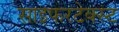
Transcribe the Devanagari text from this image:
साइफरटेक्स्ट